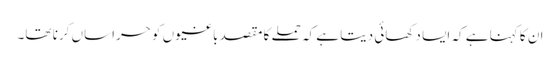
ان کا کہنا ہے کہ ایسا دکھائی دیتا ہے کہ حملے کا مقصد باغیوں کو حراساں کرنا تھا۔